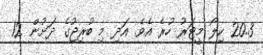
20.3 ކިލޯ މީޓަރު ހުރެ އެވެ. އަދި މި ބުރިޖުގެ ދަށުން 12